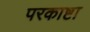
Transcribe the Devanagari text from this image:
परकाष्टा